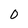
Character: 0